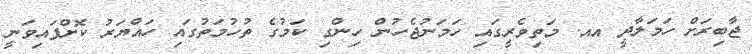
ޖާބިރަށް ހަމަލާދީ އއ. މަތިވެރީގައި ހަމަނުޖެހުން ހިންގި ކަމުގެ ތުހުމަތުގައި ހައްޔަރު ކޮށްފައިވަނީ